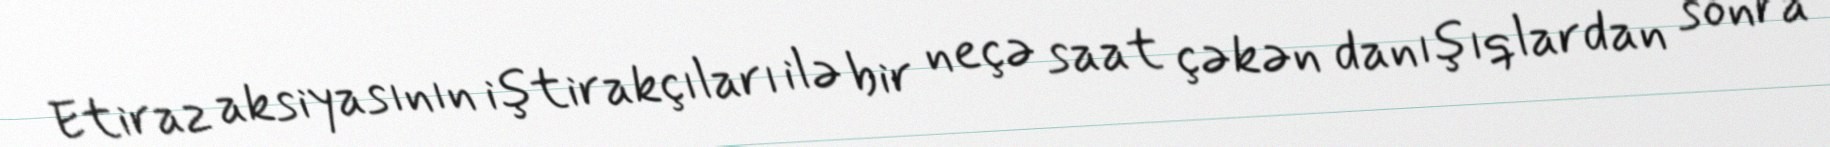
Etiraz aksiyasının iştirakçıları ilə bir neçə saat çəkən danışıqlardan sonra